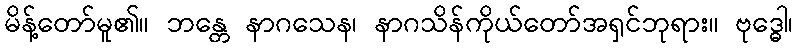
မိန့်တော်မူ၏။ ဘန္တေ နာဂသေန၊ နာဂသိန်ကိုယ်တော်အရှင်ဘုရား။ ဗုဒ္ဓေါ၊